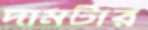
দামটার